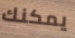
يمكنك